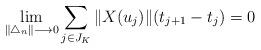
LaTeX: \begin{align*}\displaystyle \lim_{\|\bigtriangleup_{n}\| \longrightarrow 0 } \sum_{\substack{j\in J_{K}}} \| X(u_{j})\| (t_{j+1}-t_{j})=0\end{align*}